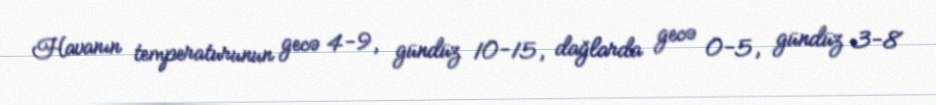
Havanın temperaturunun gecə 4-9, gündüz 10-15, dağlarda gecə 0-5, gündüz 3-8